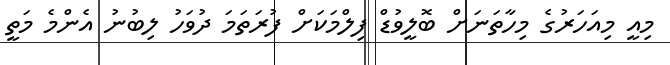
މިއީ މިއަހަރުގެ މިހާތަނަށް ބޮލީވުޑް ފިލްމަކަށް ފުރަތަމަ ދުވަހު ލިބުނު އެންމެ މަތީ